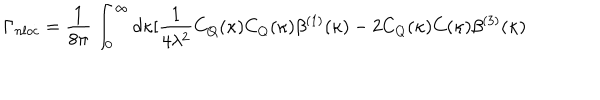
\Gamma _ { n l o c } = \frac { 1 } { 8 \pi } \int _ { 0 } ^ { \infty } d \kappa [ \frac { 1 } { 4 \lambda ^ { 2 } } C _ { Q } ( \kappa ) C _ { Q } ( \kappa ) \beta ^ { ( 1 ) } ( \kappa ) - 2 C _ { Q } ( \kappa ) C ( \kappa ) \beta ^ { ( 3 ) } ( \kappa )